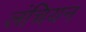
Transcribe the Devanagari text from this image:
लंचियन